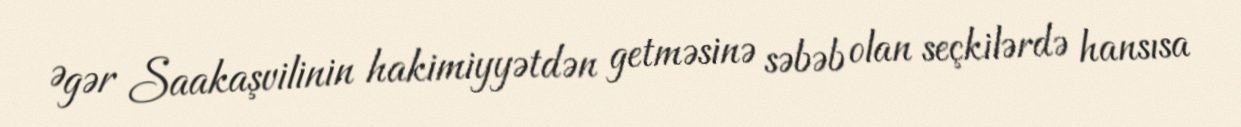
Əgər Saakaşvilinin hakimiyyətdən getməsinə səbəb olan seçkilərdə hansısa